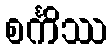
စင်္ကိဿ